Vaccination in Bombay 1913-1923 - 1913-1923
Year: 1913
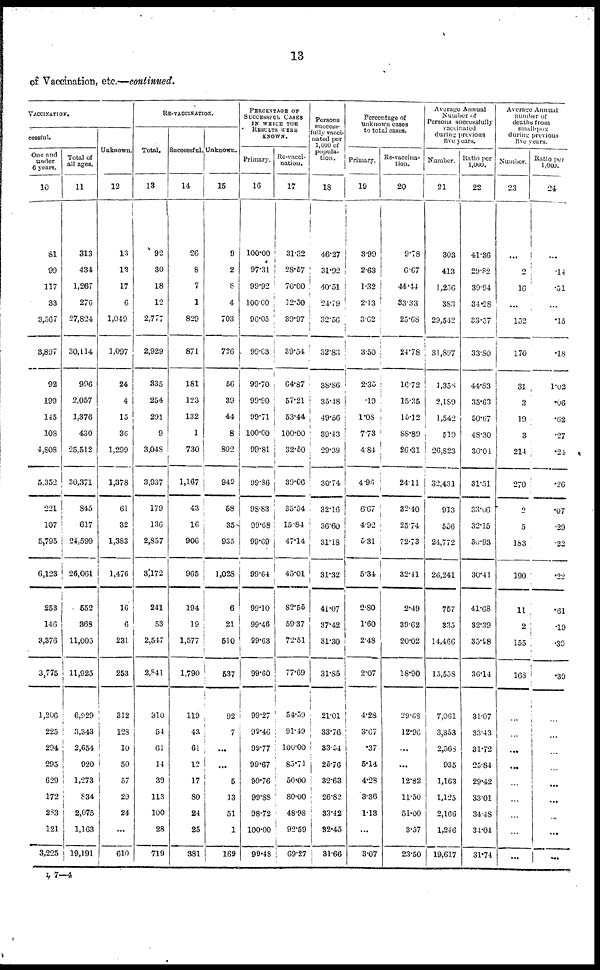
13
of Vaccination, etc.—continued.
VACCINATION.
cessful.
One and
under
6 years.
10
81
99
117
33
3,567
3,897
92
199
145
108
4,808
5,352
221
107
5,795
6,123
253
146
3,376
3,775
1,206
225
294
295
629
172
283
121
3,225
Total of
all ages.
11
313
434
1,267
276
27,824
30,114
996
2,057
1,376
430
25,512
30,371
845
617
24,599
26,061
552
368
11,005
11,925
6,929
3,343
2,654
920
1,273
834
2,075
1,163
19,191
Unknown.
12
13
12
17
6
1,049
1,097
24
4
15
36
1,299
1,378
61
32
1,383
1,476
16
6
231
253
312
128
10
50
57
29
24
...
610
RE-VACCINATION.
Total.
13
92
30
18
12
2,777
2,929
335
254
291
9
3,048
3,937
179
136
2,857
3,172
241
53
2,547
2,841
310
54
61
14
39
113
100
28
719
Successful.
14
26
8
7
1
829
871
181
123
132
1
730
1,167
43
16
906
965
194
19
1,577
1,790
119
43
61
12
17
80
24
25
381
Unknown.
15
9
2
8
4
703
726
56
39
44
8
802
949
58
35
935
1,028
6
21
510
537
92
7
...
...
5
13
51
1
169
PERCENTAGE OF
SUCCESSFUL CASES
IN WHICH THE
RESULTS WERE
KNOWN.
Primary.
16
100.00
97.31
99.92
100.00
96.05
99.63
99.70
99.90
99.71
100.00
99.81
99.86
98.83
99.68
99.69
99.64
99.10
99.46
99.63
99.60
99.27
99.46
99.77
99.67
99.76
99.88
98.72
100.00
99.48
Re-vacci-
nation.
17
31.32
28.57
70.00
12.50
39.97
39.54
64.87
57.21
53.44
100.00
32.50
39.06
35.54
15.84
47.14
45.01
82.55
59.37
72.51
77.69
54.59
91.49
100.00
85.71
50.00
80.00
48.98
92.59
69.27
Persons
success-
fully vacci-
nated per
1,000 of
popula-
tion.
18
46.27
31.92
40.51
24.79
32.56
32.83
38.86
35.48
49.56
39.43
29.39
30.74
32.16
36.60
31.18
31.32
41.07
37.42
31.30
31.85
21.31
33.76
33.54
25.76
32.63
26.82
33.42
32.45
31.66
Percentage of
unknown cases
to total cases.
Primary.
19
3.99
2.63
1.32
2.13
3.62
3.50
2.35
.19
1.08
7.73
4.84
4.96
6.67
4.92
5.31
5.34
2.80
1.60
2.48
2.07
4.28
3.67
.37
5.14
4.28
3.36
1.13
...
3.07
Re-vaccina-
tion.
20
9.78
6.67
44.44
33.33
25.68
24.78
16.72
15.35
15.12
88.89
26.31
24.11
32.40
25.74
72.73
32.41
2.49
39.62
20.02
18.90
29.68
12.96
...
...
12.82
11.50
51.00
3.57
23.50
Average Annual
Number of
Persons successfully
vaccinated
during, previous
five years.
Number.
21
303
413
1,256
383
29,542
31,897
1,358
2,189
1,542
519
26,823
32,431
913
556
24,772
26,241
757
335
14,466
15,558
7,061
3,353
2,568
935
1,163
1,125
2,166
1,246
19,617
Ratio per
1,000.
22
41.36
29.82
39.94
34.28
33.57
33.80
44.83
35.63
50.67
48.30
30.04
31.51
33.06
32.15
30.93
30.41
41.68
32.39
35.98
36.14
31.07
33.43
31.72
25.84
29.42
33.01
34.48
34.04
31.74
Average Annual
number of
deaths from
small-pox
during previous
five years.
Number.
23
...
2
16
...
152
170
31
3
19
3
214
270
2
5
183
190
11
2
155
168
...
...
...
...
...
...
...
...
...
Ratio per
1,000.
24
...
.14
.51
...
.15
.18
1.02
.06
.62
.27
.24
.26
.07
.29
.22
.22
.61
.19
.39
.39
...
...
...
...
...
...
...
...
...
L 7—4